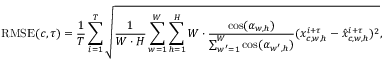
\operatorname { R M S E } ( c , \tau ) = \frac { 1 } { T } \sum _ { i = 1 } ^ { T } \sqrt { \frac { 1 } { W \cdot H } \sum _ { w = 1 } ^ { W } \sum _ { h = 1 } ^ { H } W \cdot \frac { \cos ( \alpha _ { w , h } ) } { \sum _ { w ^ { \prime } = 1 } ^ { W } \cos ( \alpha _ { w ^ { \prime } , h } ) } ( x _ { c , w , h } ^ { i + \tau } - \hat { x } _ { c , w , h } ^ { i + \tau } ) ^ { 2 } } ,